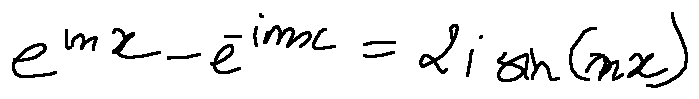
e ^ { i m x } - e ^ { - i m x } = 2 i \sin ( m x )